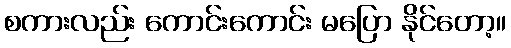
စကားလည်း ကောင်းကောင်း မပြော နိုင်တော့။